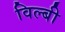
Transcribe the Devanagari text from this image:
विल्बी